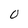
Character: 0